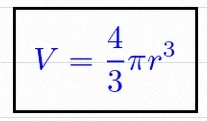
V=\frac43\pi r^3